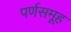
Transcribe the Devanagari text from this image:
पर्णसमूह